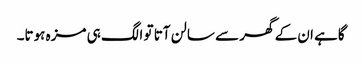
گاہے ان کے گھر سے سالن آتا تو الگ ہی مزہ ہوتا۔